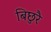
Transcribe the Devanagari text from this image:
बिछुरै